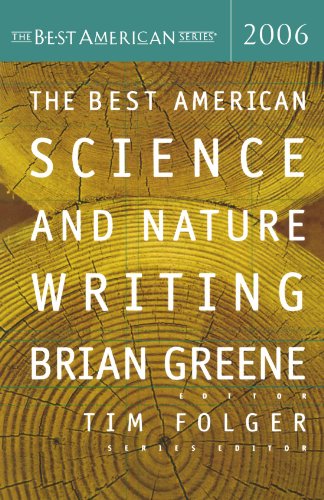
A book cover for The Best American Science and Nature Writing 2006 (The Best American Series); Science & Math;